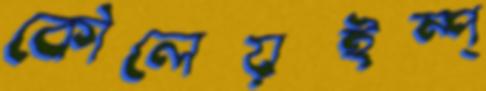
কৌলেয়ইম্প্